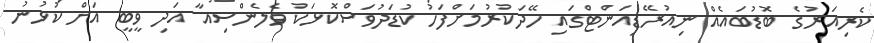
ކެރިއަރުގެ ބޮޑުބައެއް ނިއުރޭޑިއަންޓްގައި ހޭދަކުރުމަށްފަހު ކުޑަދުވަސްކޮޅަކު ވެލެންސިއާ އަދި ވީބީ އަށް ކުޅުނު